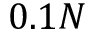
0 . 1 N